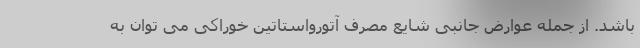
باشد. از جمله عوارض جانبی شایع مصرف آتورواستاتین خوراکی می توان به